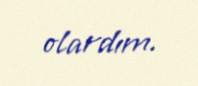
olardım.